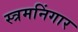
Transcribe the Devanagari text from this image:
स्त्रमनिंगार